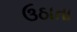
ઉઠાતા